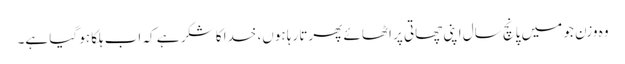
وہ وزن جو میں پانچ سال اپنی چھاتی پر اٹھائے پھرتا رہا ہوں، خدا کا شکر ہے کہ اب ہلکا ہو گیا ہے۔